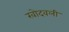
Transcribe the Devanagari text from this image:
खोदवली